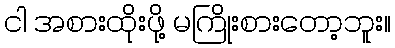
ငါ အစားထိုးဖို့ မကြိုးစားတော့ဘူး။